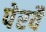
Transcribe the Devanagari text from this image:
पेरवै